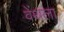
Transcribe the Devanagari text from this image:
वेंथला